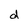
Character: d